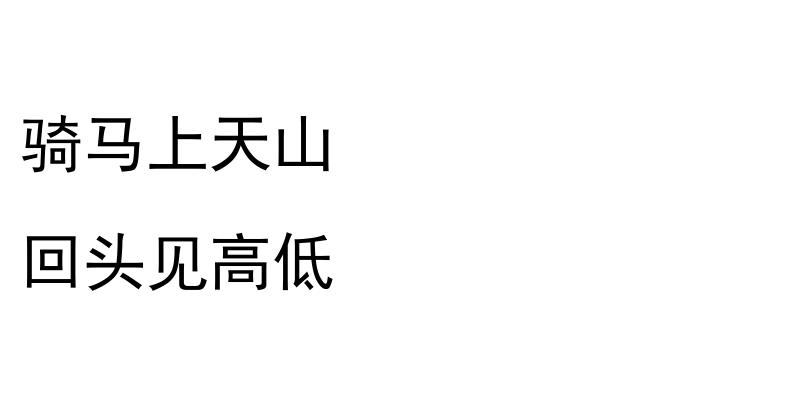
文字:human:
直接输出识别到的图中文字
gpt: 骑马上天山 回头见高低